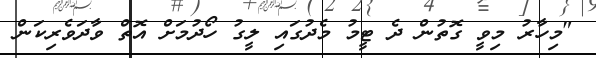
"މިހާރު މިވީ ގޮތުން ދެ ޓީމު މެދުގައި ލީގު ހޯދުމަށް އޮތް ވާދަވެރިކަން